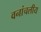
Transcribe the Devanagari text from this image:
वनांचलीय